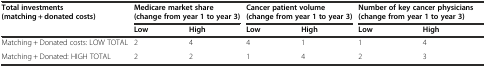
| <ROWSPAN=2> Total investments (matching + donated costs) | <COLSPAN=2> Medicare market share (change from year 1 to year 3) | <COLSPAN=2> Cancer patient volume (change from year 1 to year 3) | <COLSPAN=2> Number of key cancer physicians (change from year 1 to year 3) |
 | Low | High | Low | High | Low | High |
 | --- | --- | --- | --- | --- | --- | --- |
 | Matching + Donated costs: LOW TOTAL | 2 | 4 | 4 | 1 | 1 | 4 |
 | Matching + Donated: HIGH TOTAL | 2 | 2 | 1 | 4 | 2 | 3 |